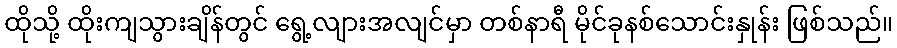
ထိုသို့ ထိုးကျသွားချိန်တွင် ရွေ့လျားအလျင်မှာ တစ်နာရီ မိုင်ခုနစ်သောင်းနှုန်း ဖြစ်သည်။